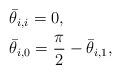
LaTeX: \begin{align*}\begin{aligned}&\bar{\theta}_{i,i} = 0, \\&\bar{\theta}_{i,0} = \frac{\pi}{2} - \bar{\theta}_{i,1},\end{aligned}\end{align*}